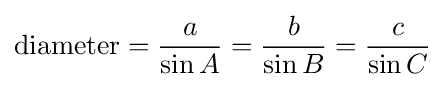
{\text{diameter}}={\frac {a}{\sin A}}={\frac {b}{\sin B}}={\frac {c}{\sin C}}